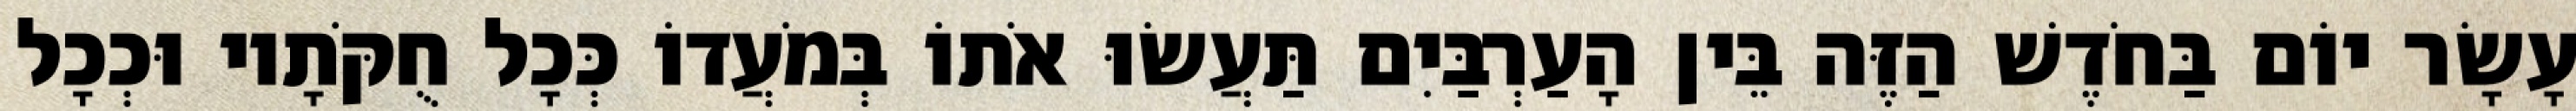
עָשָׂר יוֹם בַּחֹדֶשׁ הַזֶּה בֵּין הָעַרְבַּיִם תַּעֲשׂוּ אֹתוֹ בְּמֹעֲדוֹ כְּכָל חֻקֹּתָיו וּכְכָל